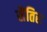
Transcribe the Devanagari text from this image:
सैंतिस